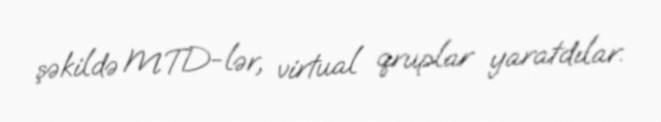
şəkildə MTD-lər, virtual qruplar yaratdılar.